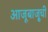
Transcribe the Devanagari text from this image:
आजूबाजू्ची